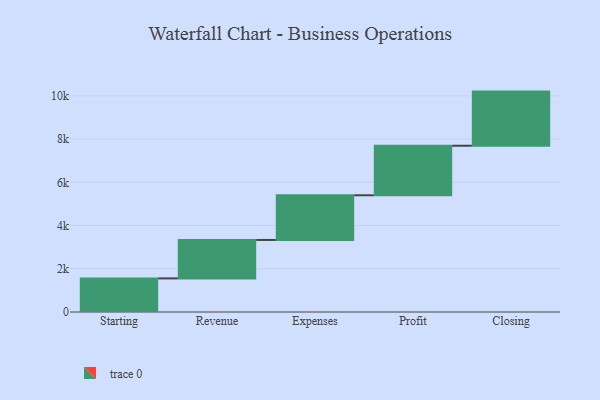
{"axis": {"x": "Step", "y": "Value"}, "legend": [""], "data": [{"x": "Starting", "y": 1555.0, "type": ""}, {"x": "Revenue", "y": 1778.0, "type": ""}, {"x": "Expenses", "y": 2067.0, "type": ""}, {"x": "Profit", "y": 2292.0, "type": ""}, {"x": "Closing", "y": 2505.0, "type": ""}]}